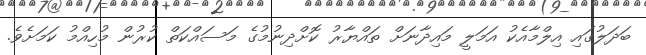
ބަދަލުގައި އިލްމާއެކު އަމަލީ މައިދާނަށް ތައްޔާރު ކޮށްދިނުމުގެ މަސައްކަތް ކުރުން މުހިއްމު ކަމަށެވެ.